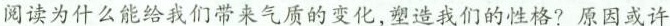
阅读为什么能给我们带来气质的变化，塑造我们的性格？原因或许